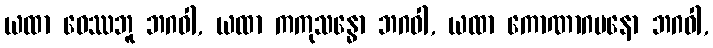
ယထာ ဝေဿဘူ ဘဂဝါ, ယထာ ကကုသန္ဓော ဘဂဝါ, ယထာ ကောဏာဂမနော ဘဂဝါ,